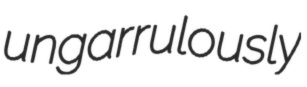
ungarrulously